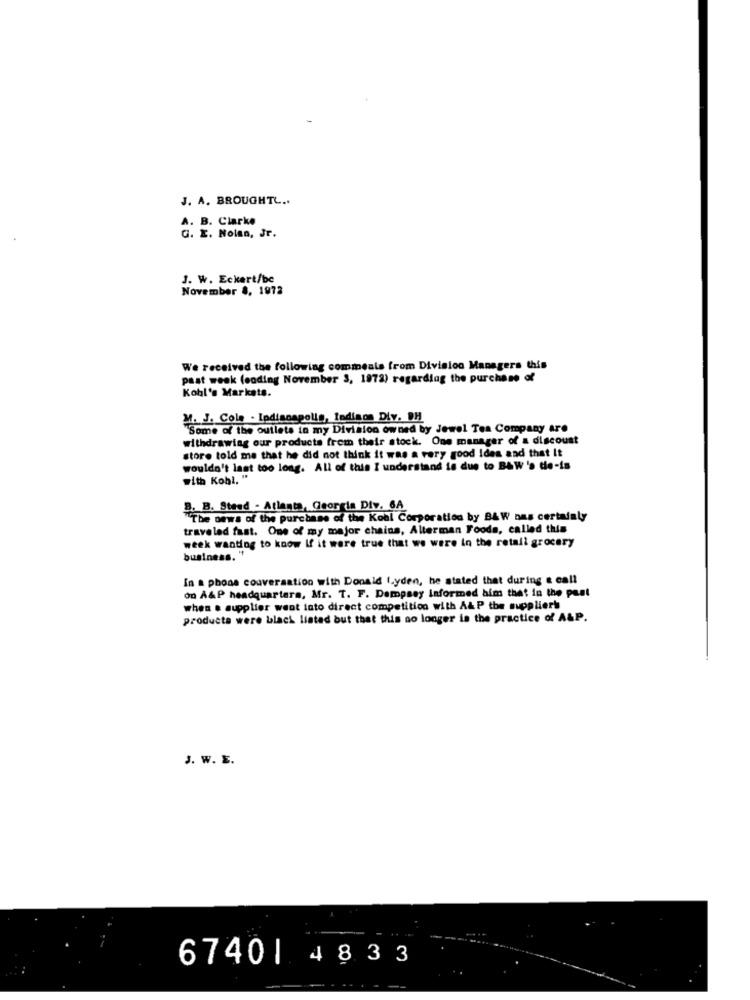
J. A. BROUGHTL ..
A. B. Clarke
G. E. Nolan, Jr.
J. W. Eckert/be
November 4, 1972
We received the following comments from Division Managers this
past week (coding November 3, 1972) regarding the purchase of
Kohl's Markets.
M. J. Cole - Ipdinospolis, Indiaon Div. DH
"Some of the outlets ta my Division owned by Jewel Tea Company are
withdrawing our products from their stock. One manager of a discount
store told me that he did not think it was a very good Ides and that It
wouldn't last too long. All of this I understand is due to BAW 's die-is
with Kohl, "
B. B. Steed - Atlanta, Georgia Div. 6A
"The news of the purchase of the Kohl Corporation by B&W nas certainly
traveled fast. One of my major chains, Alterman Foods, called this
week wanting to know If it were true that we were in the retail grocery
business. "
In a phone couversation with Donald (.yden, he stated that during & call
on A&P headquarters, Mr. T. F. Dempsey Informed him that in the past
when . supplier went into direct competition with A& P the supplier!
producta were black listad but that this no longer is the practice of A&P.
J. W. E.
6740| 4833